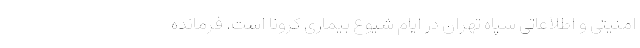
امنیتی و اطلاعاتی سپاه تهران در ایام شیوع بیماری کرونا است. فرمانده